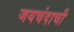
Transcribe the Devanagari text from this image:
जयचंदाची